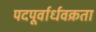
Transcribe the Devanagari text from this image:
पदपूर्वार्धवक्रता